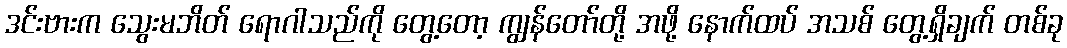
ဒင်းဗားက သွေးမဘိတ် ရောဂါသည်ကို တွေ့တော့ ကျွန်တော်တို့ အဖို့ နောက်ထပ် အသစ် တွေ့ရှိချက် တစ်ခု